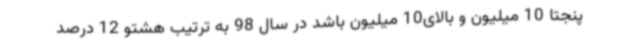
پنجتا 10 میلیون و بالای10 میلیون باشد در سال 98 به ترتیب هشتو 12 درصد